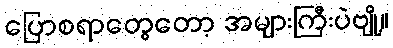
ပြောစရာတွေတော့ အများကြီးပဲဗျို့။